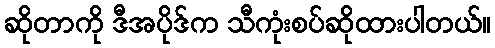
ဆိုတာကို ဒီအပိုဒ်က သီကုံးစပ်ဆိုထားပါတယ်။